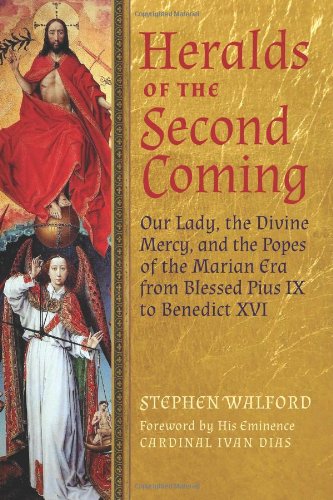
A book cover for Heralds of the Second Coming: Our Lady, the Divine Mercy, and the Popes of the Marian Era from Blessed Pius IX to Benedict XVI; Stephen Walford; Christian Books & Bibles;